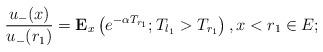
LaTeX: \begin{align*} \frac{u_-(x)}{u_-(r_1)}=\mathbf{E}_x\left(e^{-\alpha T_{r_1}}; T_{l_1}>T_{r_1} \right),x<r_1\in E; \end{align*}